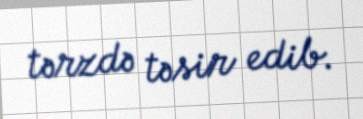
tərzdə təsir edib.